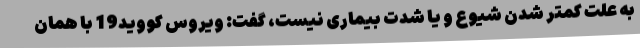
به علت کمتر شدن شیوع و یا شدت بیماری نیست، گفت: ویروس کووید19 با همان